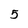
Character: 5